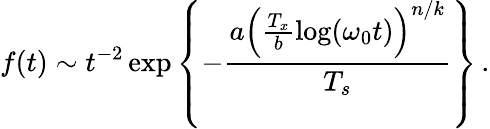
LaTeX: f(t)\sim t^{-2}\exp\left\{ -\frac{a\left(\frac{T_{x}}{b}\log(\omega_{0}t)\right)^{n/k}}{T_{s}}\right\} \, .